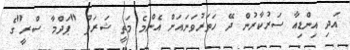
އަދި އިންޑިއާ ސަރުކާރުން ދޭ ހަތަރުވަނައަށް އެންމެ މަތީ ޝަރަފު "ޕަދްމާ ސްރީ"ގެ